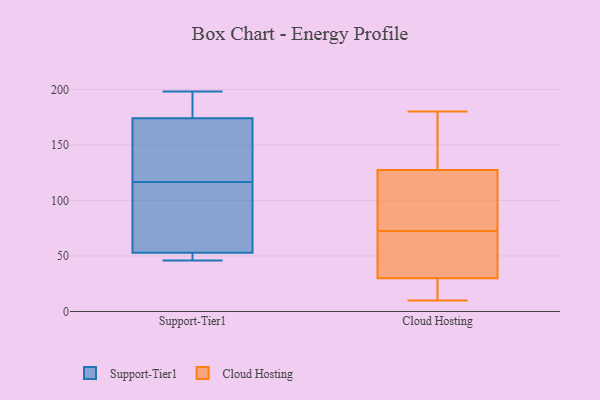
{"axis": {"x": "LTV (USD)", "y": "Value"}, "legend": ["Cloud Hosting", "Support-Tier1"], "data": [{"x": "", "y": 72, "type": "Support-Tier1"}, {"x": "", "y": 52, "type": "Support-Tier1"}, {"x": "", "y": 46, "type": "Support-Tier1"}, {"x": "", "y": 160, "type": "Support-Tier1"}, {"x": "", "y": 53, "type": "Support-Tier1"}, {"x": "", "y": 185, "type": "Support-Tier1"}, {"x": "", "y": 174, "type": "Support-Tier1"}, {"x": "", "y": 149, "type": "Support-Tier1"}, {"x": "", "y": 109, "type": "Support-Tier1"}, {"x": "", "y": 198, "type": "Support-Tier1"}, {"x": "", "y": 102, "type": "Support-Tier1"}, {"x": "", "y": 182, "type": "Support-Tier1"}, {"x": "", "y": 46, "type": "Support-Tier1"}, {"x": "", "y": 124, "type": "Support-Tier1"}, {"x": "", "y": 105, "type": "Cloud Hosting"}, {"x": "", "y": 29, "type": "Cloud Hosting"}, {"x": "", "y": 127, "type": "Cloud Hosting"}, {"x": "", "y": 31, "type": "Cloud Hosting"}, {"x": "", "y": 180, "type": "Cloud Hosting"}, {"x": "", "y": 10, "type": "Cloud Hosting"}, {"x": "", "y": 90, "type": "Cloud Hosting"}, {"x": "", "y": 128, "type": "Cloud Hosting"}, {"x": "", "y": 166, "type": "Cloud Hosting"}, {"x": "", "y": 55, "type": "Cloud Hosting"}, {"x": "", "y": 27, "type": "Cloud Hosting"}, {"x": "", "y": 31, "type": "Cloud Hosting"}]}